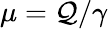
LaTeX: \mu=\mathcal{Q}/\gamma